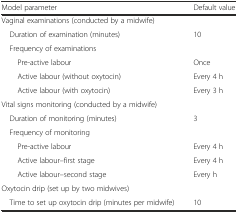
<table><thead><tr><td><b>Model parameter</b></td><td><b>Default value</b></td></tr></thead><tbody><tr><td colspan="2">Vaginal examinations (conducted by a midwife)</td></tr><tr><td> Duration of examination (minutes)</td><td>10</td></tr><tr><td> Frequency of examinations</td><td></td></tr><tr><td>Pre-active labour</td><td>Once</td></tr><tr><td>Active labour (without oxytocin)</td><td>Every 4 h</td></tr><tr><td>Active labour (with oxytocin)</td><td>Every 3 h</td></tr><tr><td colspan="2">Vital signs monitoring (conducted by a midwife)</td></tr><tr><td> Duration of monitoring (minutes)</td><td>3</td></tr><tr><td> Frequency of monitoring</td><td></td></tr><tr><td>Pre-active labour</td><td>Every 4 h</td></tr><tr><td>Active labour–first stage</td><td>Every 4 h</td></tr><tr><td>Active labour–second stage</td><td>Every h</td></tr><tr><td colspan="2">Oxytocin drip (set up by two midwives)</td></tr><tr><td> Time to set up oxytocin drip (minutes per midwife)</td><td>10</td></tr></tbody></table>